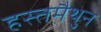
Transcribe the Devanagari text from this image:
हस्‍तमैथुन